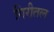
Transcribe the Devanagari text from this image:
गिरीतल